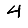
Digit: 4